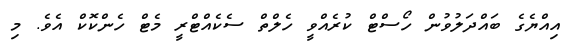
އިއްޔެގެ ބައްދަލުވުން ހޯސްޓް ކުރެއްވީ ހެލްތް ސެކެއްޓްރީ މެޓް ހެންކޮކް އެވެ. މި